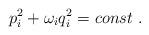
LaTeX: \begin{align*}p_i^2+\omega_iq_i^2=const ~.\end{align*}